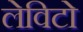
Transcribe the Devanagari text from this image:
लेविटो